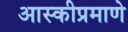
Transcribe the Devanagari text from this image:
आस्कीप्रमाणे